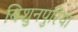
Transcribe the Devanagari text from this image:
बिशुनपुरिया